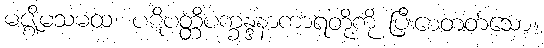
မဇ္ဈိမသမထ၊ ပဋိပတ္တိပက္ခန္ဒနာကာရတို့ကို ပြီးစေတတ်သော။